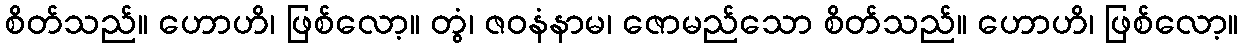
စိတ်သည်။ ဟောဟိ၊ ဖြစ်လော့။ တွံ၊ ဇဝနံနာမ၊ ဇောမည်သော စိတ်သည်။ ဟောဟိ၊ ဖြစ်လော့။